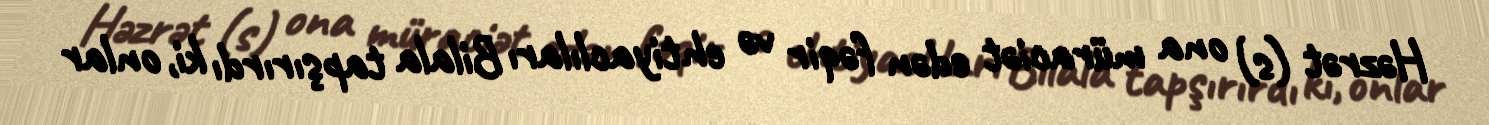
Həzrət (s) ona müraciət edən fəqir və ehtiyaclıları Bilala tapşırırdı ki, onlar